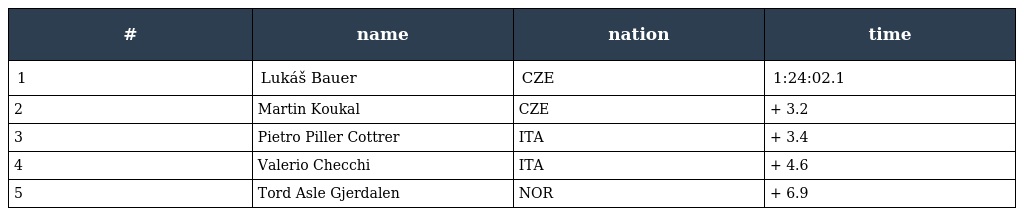
| # | name | nation | time |
 | --- | --- | --- | --- |
 | 1 | Lukáš Bauer | CZE | 1:24:02.1 |
 | 2 | Martin Koukal | CZE | + 3.2 |
 | 3 | Pietro Piller Cottrer | ITA | + 3.4 |
 | 4 | Valerio Checchi | ITA | + 4.6 |
 | 5 | Tord Asle Gjerdalen | NOR | + 6.9 |